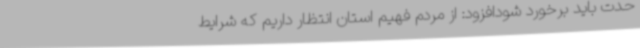
حدت باید برخورد شودافزود: از مردم فهیم استان انتظار داریم که شرایط